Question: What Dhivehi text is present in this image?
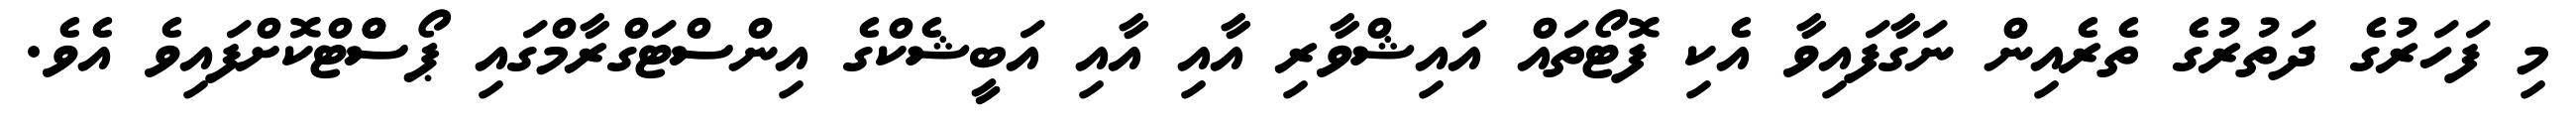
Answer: މި ފަހަރުގެ ދަތުރުގެ ތެރެއިން ނަގާފައިވާ އެކި ފޮޓޯތައް އައިޝްވާރި އާއި އާއި އަބީޝެކްގެ އިންސްޓަގްރާމްގައި ޕޯސްްޓްކޮށްފައިވެ އެވެ.